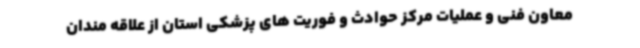
معاون فنی و عملیات مرکز حوادث و فوریت های پزشکی استان از علاقه مندان